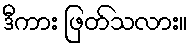
ဒီကား ဖြတ်သလား။